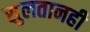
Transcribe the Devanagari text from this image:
सुलतानही